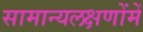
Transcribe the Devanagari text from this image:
सामान्यलक्षणोंमें